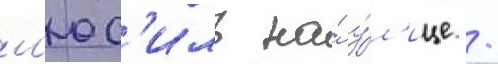
л'юс'иль на́ у́л'ице /